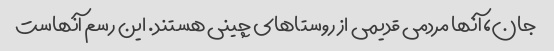
جان، آنها مردمی قدیمی از روستاهای چینی هستند. این رسم آنهاست